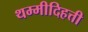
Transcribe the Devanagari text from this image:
थम्मीदिहत्ती